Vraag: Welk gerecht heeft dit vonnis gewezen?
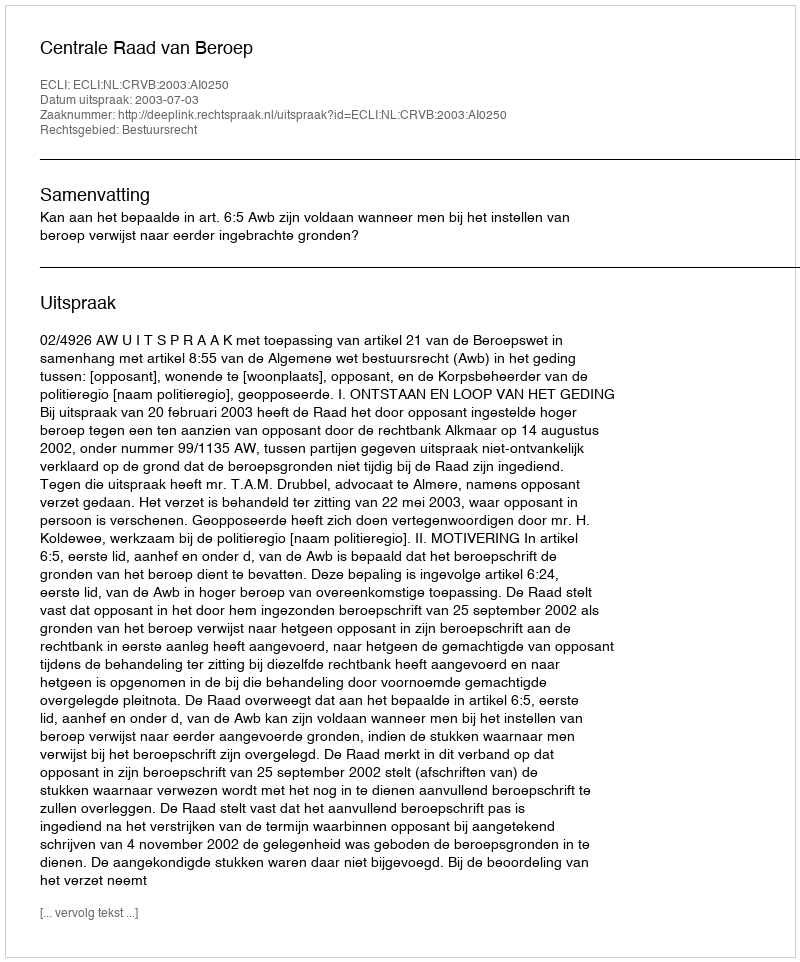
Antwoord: Centrale Raad van Beroep